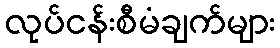
လုပ်ငန်းစီမံချက်များ